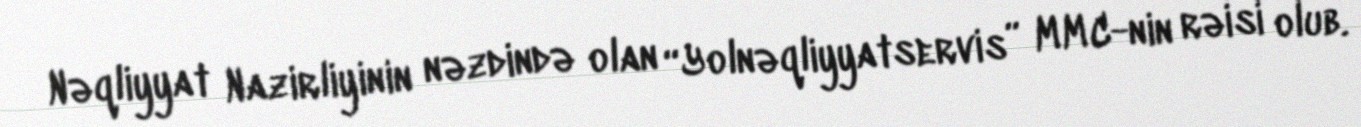
Nəqliyyat Nazirliyinin nəzdində olan “Yolnəqliyyatservis” MMC-nin rəisi olub.